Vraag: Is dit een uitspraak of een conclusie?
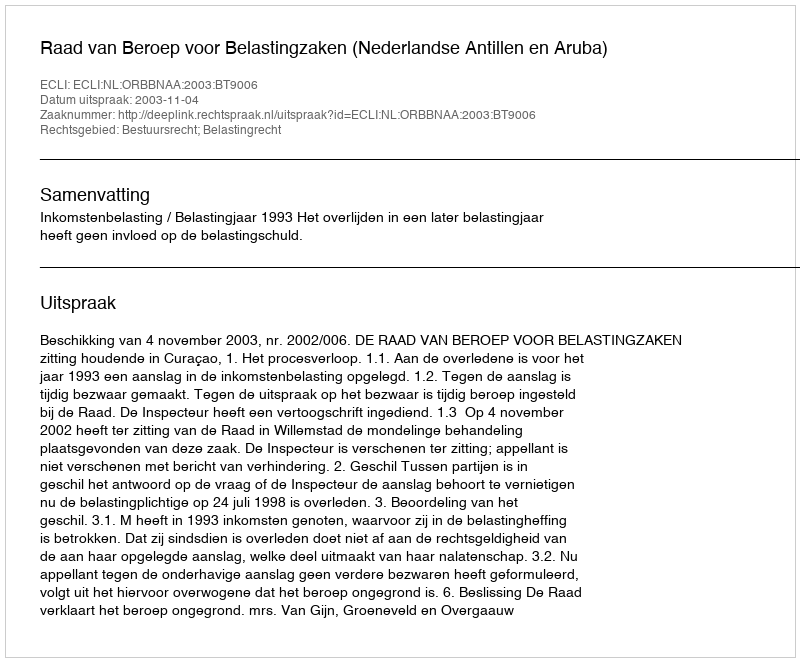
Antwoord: Uitspraak